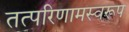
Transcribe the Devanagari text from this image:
तत्परिणामस्वरूप